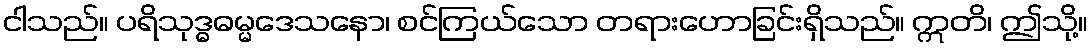
ငါသည်။ ပရိသုဒ္ဓဓမ္မဒေသနော၊ စင်ကြယ်သော တရားဟောခြင်းရှိသည်။ ဣတိ၊ ဤသို့။